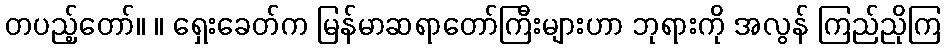
တပည့်တော်။ ။ ရှေးခေတ်က မြန်မာဆရာတော်ကြီးများဟာ ဘုရားကို အလွန် ကြည်ညိုကြ